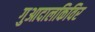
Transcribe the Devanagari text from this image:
गुआदालकिविर